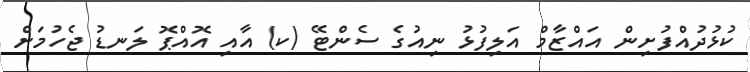
ކުޅުދުއްފުށިން އައްޒާމް އަލިފުޅު ނިއުގެ ސެންޓޭ (ކ) އާއި އޮއްޕޮ ލަނޑު ޖެހުމަށް